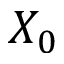
X _ { 0 }